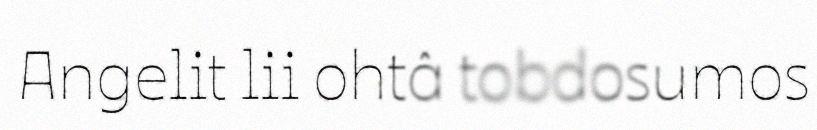
Angelit lii ohtâ tobdosumos